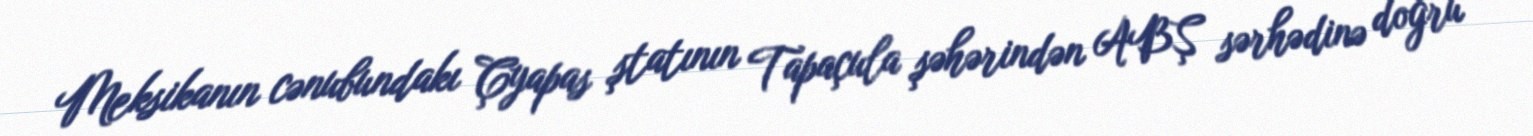
Meksikanın cənubundakı Çyapas ştatının Tapaçula şəhərindən ABŞ sərhədinə doğru